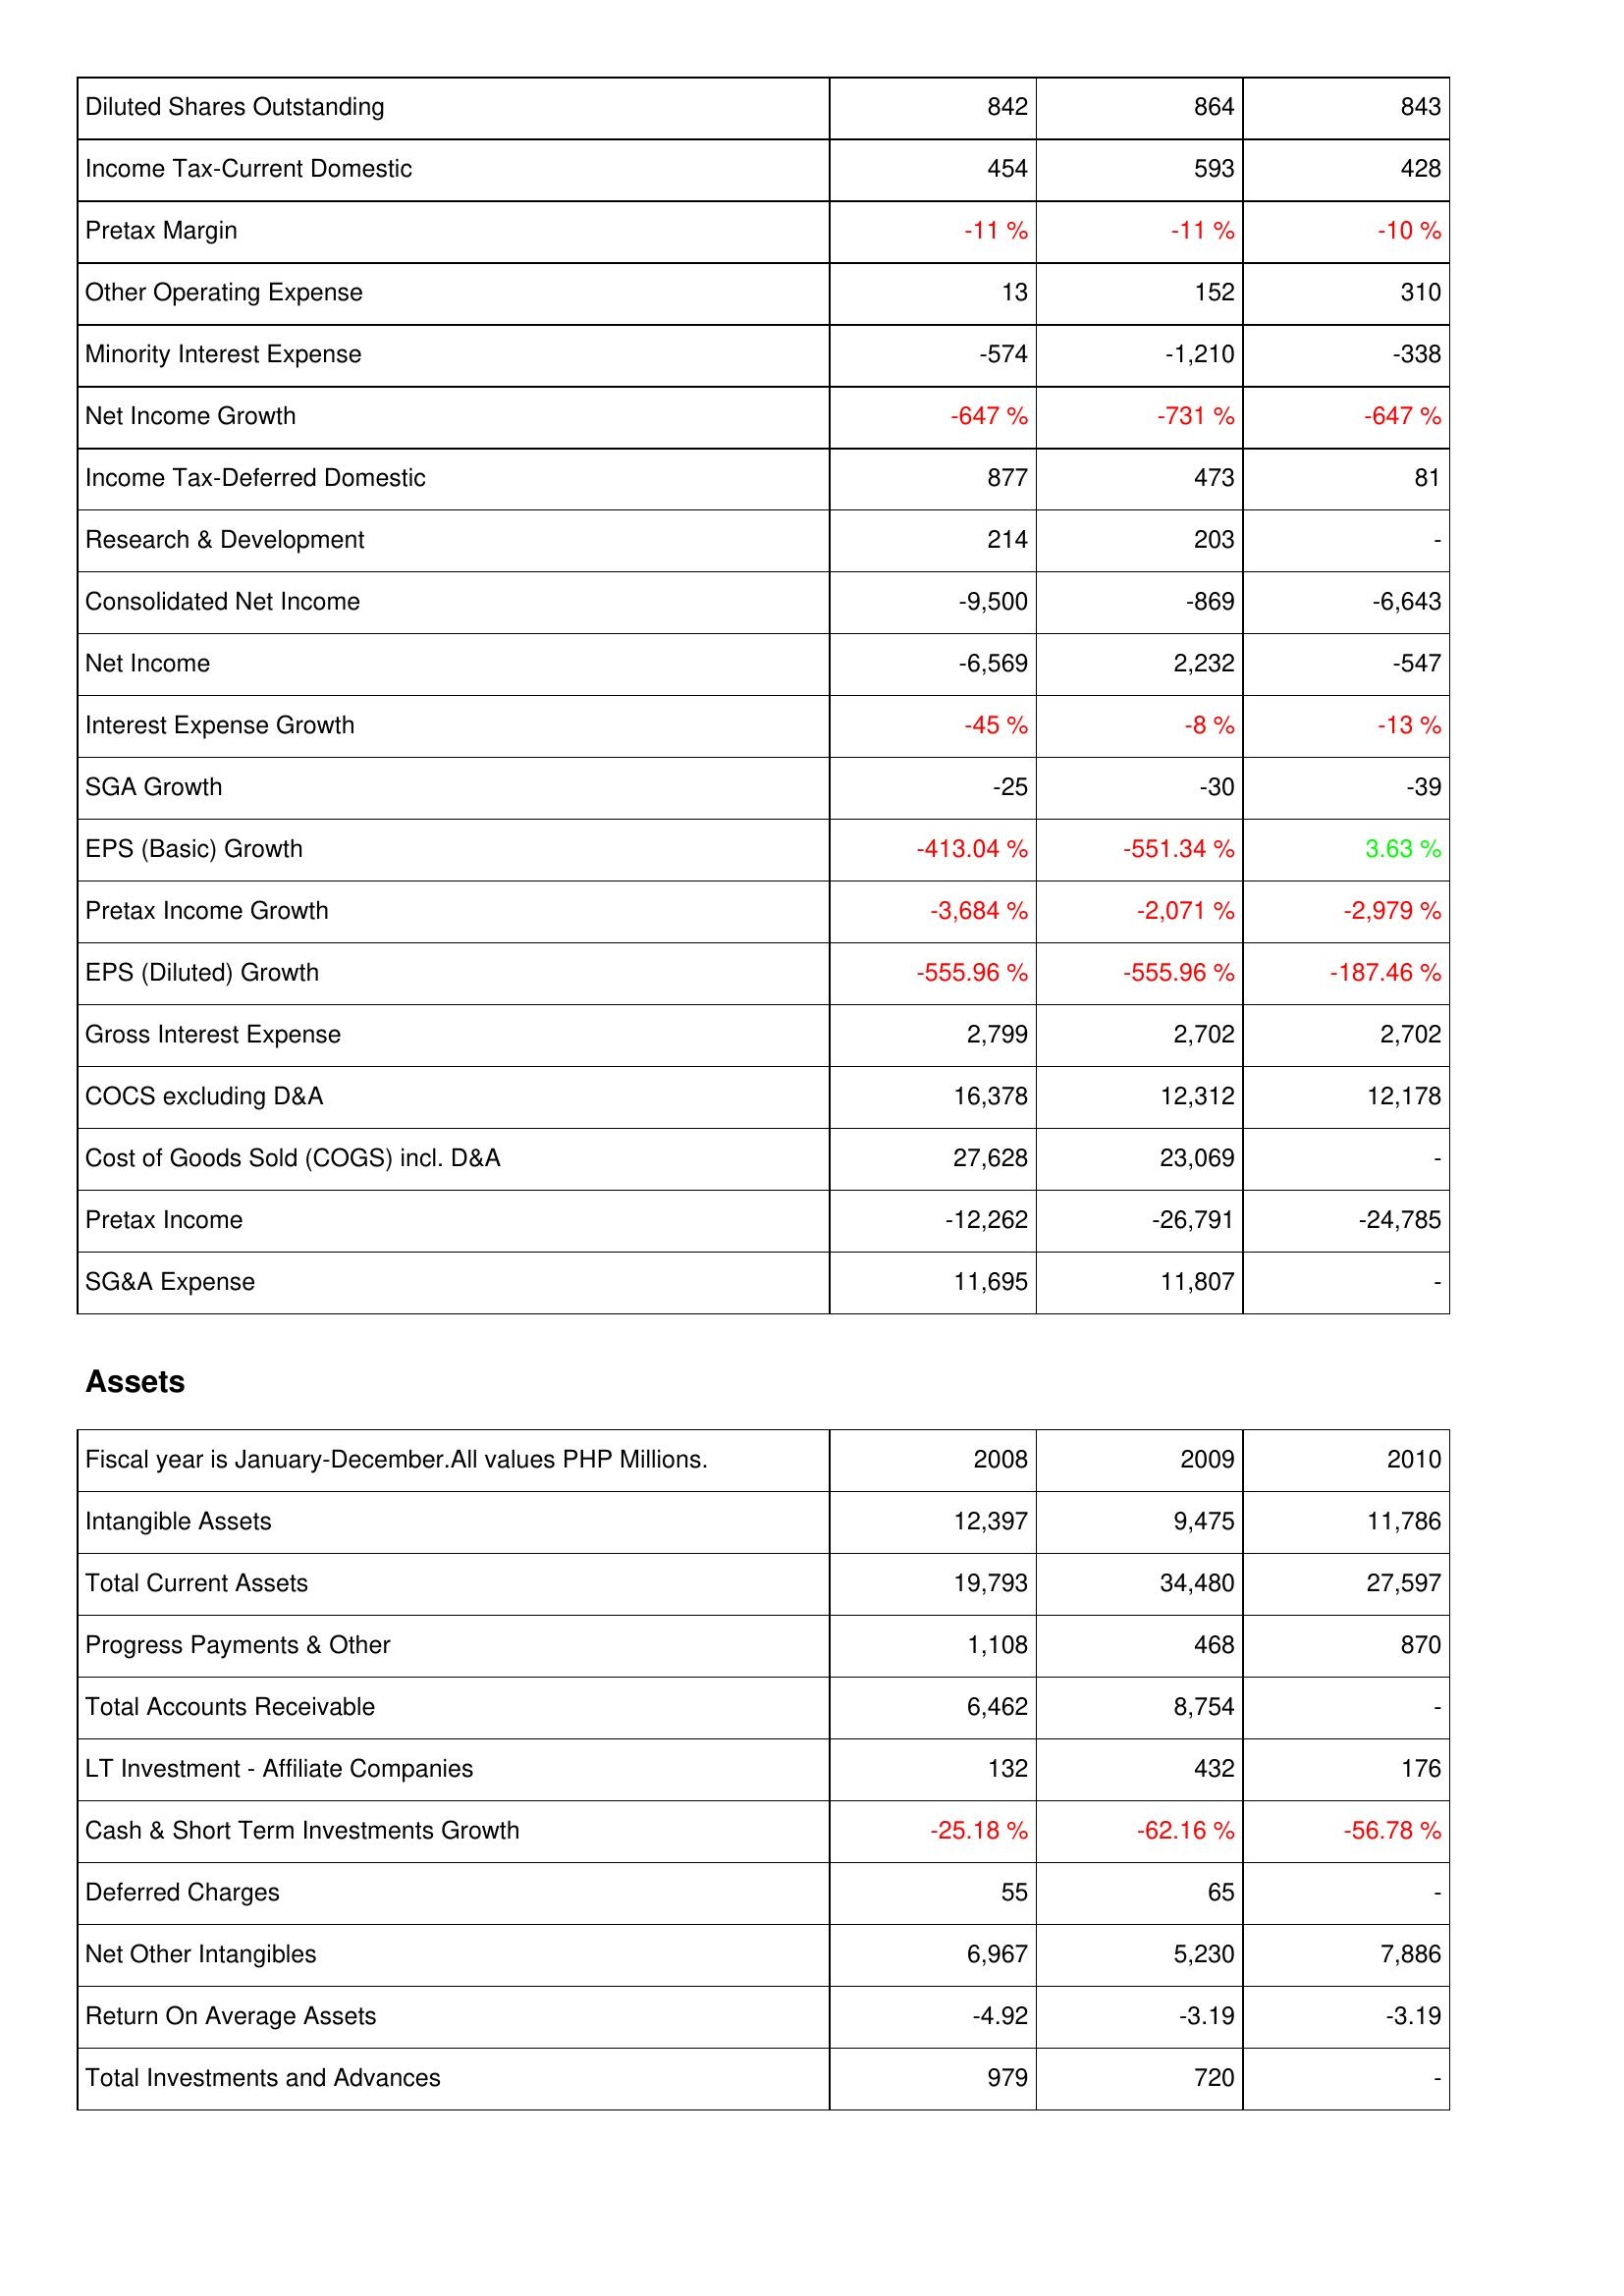
2008: Income Statement: Diluted Shares Outstanding: 842
Income Tax-Current Domestic: 454
Pretax Margin: -11 %
Other Operating Expense: 13
Minority Interest Expense: -574
Net Income Growth: -647 %
Income Tax-Deferred Domestic: 877
Research & Development: 214
Consolidated Net Income: -9,500
Net Income: -6,569
Interest Expense Growth: -45 %
SGA Growth: -25
EPS (Basic) Growth: -413.04 %
Pretax Income Growth: -3,684 %
EPS (Diluted) Growth: -555.96 %
Gross Interest Expense: 2,799
COCS excluding D&A: 16,378
Cost of Goods Sold (COGS) incl. D&A: 27,628
Pretax Income: -12,262
SG&A Expense: 11,695
Assets: Intangible Assets: 12,397
Total Current Assets: 19,793
Progress Payments & Other: 1,108
Total Accounts Receivable: 6,462
LT Investment - Affiliate Companies: 132
Cash & Short Term Investments Growth: -25.18 %
Deferred Charges: 55
Net Other Intangibles: 6,967
Return On Average Assets: -4.92
Total Investments and Advances: 979
2009: Income Statement: Diluted Shares Outstanding: 864
Income Tax-Current Domestic: 593
Pretax Margin: -11 %
Other Operating Expense: 152
Minority Interest Expense: -1,210
Net Income Growth: -731 %
Income Tax-Deferred Domestic: 473
Research & Development: 203
Consolidated Net Income: -869
Net Income: 2,232
Interest Expense Growth: -8 %
SGA Growth: -30
EPS (Basic) Growth: -551.34 %
Pretax Income Growth: -2,071 %
EPS (Diluted) Growth: -555.96 %
Gross Interest Expense: 2,702
COCS excluding D&A: 12,312
Cost of Goods Sold (COGS) incl. D&A: 23,069
Pretax Income: -26,791
SG&A Expense: 11,807
Assets: Intangible Assets: 9,475
Total Current Assets: 34,480
Progress Payments & Other: 468
Total Accounts Receivable: 8,754
LT Investment - Affiliate Companies: 432
Cash & Short Term Investments Growth: -62.16 %
Deferred Charges: 65
Net Other Intangibles: 5,230
Return On Average Assets: -3.19
Total Investments and Advances: 720
2010: Income Statement: Diluted Shares Outstanding: 843
Income Tax-Current Domestic: 428
Pretax Margin: -10 %
Other Operating Expense: 310
Minority Interest Expense: -338
Net Income Growth: -647 %
Income Tax-Deferred Domestic: 81
Research & Development: -
Consolidated Net Income: -6,643
Net Income: -547
Interest Expense Growth: -13 %
SGA Growth: -39
EPS (Basic) Growth: 3.63 %
Pretax Income Growth: -2,979 %
EPS (Diluted) Growth: -187.46 %
Gross Interest Expense: 2,702
COCS excluding D&A: 12,178
Cost of Goods Sold (COGS) incl. D&A: -
Pretax Income: -24,785
SG&A Expense: -
Assets: Intangible Assets: 11,786
Total Current Assets: 27,597
Progress Payments & Other: 870
Total Accounts Receivable: -
LT Investment - Affiliate Companies: 176
Cash & Short Term Investments Growth: -56.78 %
Deferred Charges: -
Net Other Intangibles: 7,886
Return On Average Assets: -3.19
Total Investments and Advances: -